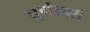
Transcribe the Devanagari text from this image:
घूर्णकारी